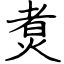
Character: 煑